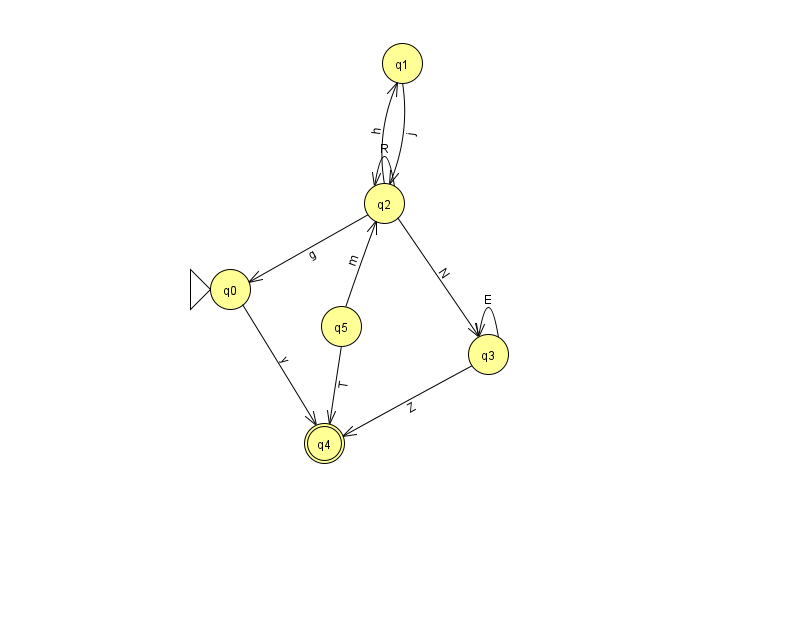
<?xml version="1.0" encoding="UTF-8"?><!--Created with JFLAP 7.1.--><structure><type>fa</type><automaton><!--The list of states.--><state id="0" name="q0"><x>230.0</x><y>276.0</y><initial/></state><state id="1" name="q1"><x>402.0</x><y>50.0</y></state><state id="2" name="q2"><x>384.0</x><y>190.0</y></state><state id="3" name="q3"><x>488.0</x><y>341.0</y></state><state id="4" name="q4"><x>324.0</x><y>430.0</y><final/></state><state id="5" name="q5"><x>341.0</x><y>313.0</y></state><!--The list of transitions.--><transition><from>2</from><to>0</to><read>g</read></transition><transition><from>2</from><to>1</to><read>h</read></transition><transition><from>2</from><to>3</to><read>N</read></transition><transition><from>2</from><to>2</to><read>R</read></transition><transition><from>1</from><to>2</to><read>j</read></transition><transition><from>0</from><to>4</to><read>y</read></transition><transition><from>3</from><to>3</to><read>E</read></transition><transition><from>5</from><to>4</to><read>T</read></transition><transition><from>5</from><to>2</to><read>m</read></transition><transition><from>3</from><to>4</to><read>Z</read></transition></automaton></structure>